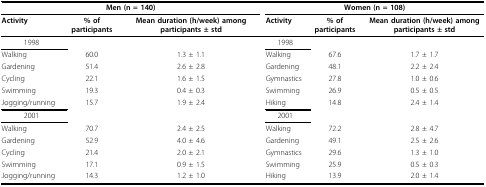
| <COLSPAN=3> Men (n = 140) | <COLSPAN=3> Women (n = 108) |
 | Activity | % of participants | Mean duration (h/week) among participants ± std | Activity | % of participants | Mean duration (h/week) among participants ± std |
 | --- | --- | --- | --- | --- | --- |
 | 1998 |  |  | 1998 |  |  |
 | Walking | 60.0 | 1.3 ± 1.1 | Walking | 67.6 | 1.7 ± 1.7 |
 | Gardening | 51.4 | 2.6 ± 2.8 | Gardening | 48.1 | 2.2 ± 2.4 |
 | Cycling | 22.1 | 1.6 ± 1.5 | Gymnastics | 27.8 | 1.0 ± 0.6 |
 | Swimming | 19.3 | 0.4 ± 0.3 | Swimming | 26.9 | 0.5 ± 0.5 |
 | Jogging/running | 15.7 | 1.9 ± 2.4 | Hiking | 14.8 | 2.4 ± 1.4 |
 | 2001 |  |  | 2001 |  |  |
 | Walking | 70.7 | 2.4 ± 2.5 | Walking | 72.2 | 2.8 ± 4.7 |
 | Gardening | 52.9 | 4.0 ± 4.6 | Gardening | 49.1 | 2.5 ± 2.6 |
 | Cycling | 21.4 | 2.0 ± 2.1 | Gymnastics | 29.6 | 1.3 ± 1.0 |
 | Swimming | 17.1 | 0.9 ± 1.5 | Swimming | 25.9 | 0.5 ± 0.3 |
 | Jogging/running | 14.3 | 1.2 ± 1.0 | Hiking | 13.9 | 2.0 ± 1.4 |